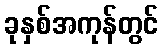
ခုနှစ်အကုန်တွင်